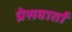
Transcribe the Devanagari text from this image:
प्रेसवार्ता